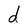
Character: d